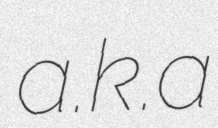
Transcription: a.k.a